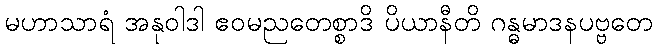
မဟာသာရံ အနုဝါဒါ ဧဝမညတေစ္စာဒိ ပိယာနီတိ ဂန္ဓမာဒနပဗ္ဗတေ